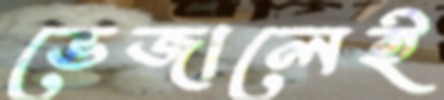
ভেজালেই